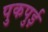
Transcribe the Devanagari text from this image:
पुकपुई